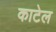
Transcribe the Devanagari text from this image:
काटेल